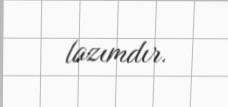
lazımdır.